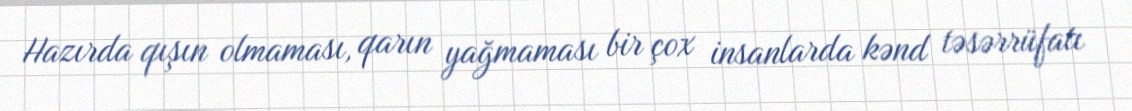
Hazırda qışın olmaması, qarın yağmaması bir çox insanlarda kənd təsərrüfatı